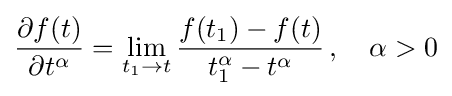
{\frac {\partial f(t)}{\partial t^{\alpha }}}=\lim _{t_{1}\rightarrow t}{\frac {f(t_{1})-f(t)}{t_{1}^{\alpha }-t^{\alpha }}}\,,\quad \alpha >0